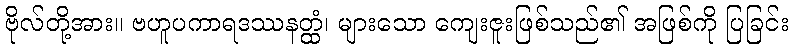
ဗိုလ်တို့အား။ ဗဟူပကာရဒဿနတ္ထံ၊ များသော ကျေးဇူးဖြစ်သည်၏ အဖြစ်ကို ပြခြင်း